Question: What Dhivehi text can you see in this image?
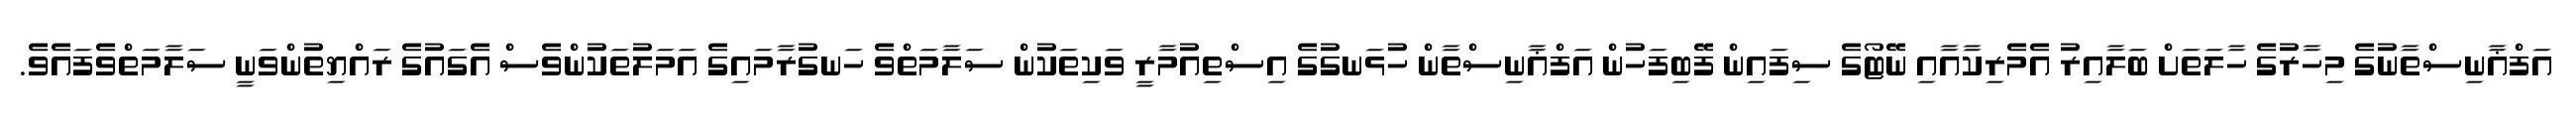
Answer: އަފްޣާނިސްތާނުގެ މިހާރުގެ ހާލަތަށް ބަލާއިރު އެމެރިކާއާއި ނޭޓޯގެ ސިފައިން ފޭބިފަހުން އަފްޣާނިސްތާން ހުޅަނގުގެ އިސްތިއުމާރީ ވަކިތަކުން ސަލާމަތްވެ ހަނގުރާމައިގެ އަމަލުތަކުންވެސް އެގައުގެ ރައްޔިތުންވަނީ ސަލާމަތްވެފައެވެ.